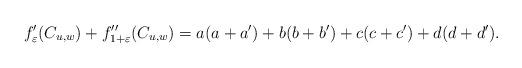
LaTeX: \begin{align*}f'_\varepsilon(C_{u,w}) + f''_{1+\varepsilon}(C_{u,w}) = a(a+a')+b(b+b')+c(c+c')+d(d+d').\end{align*}